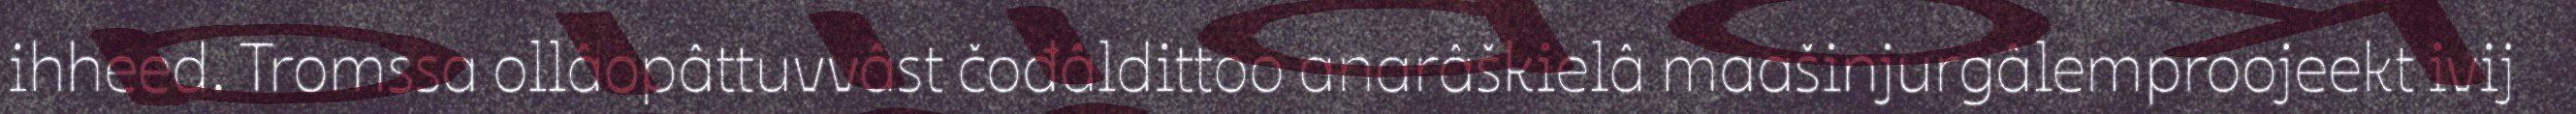
ihheed. Tromssa ollâopâttuvvâst čođâldittoo anarâškielâ maašinjurgâlemproojeekt ivij